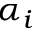
\alpha _ { i }